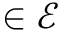
\in \mathcal { E }